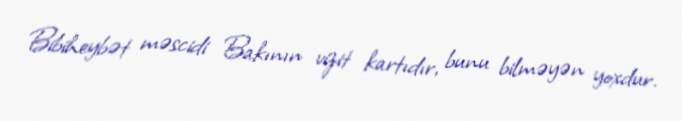
Bibiheybət məscidi Bakının vizit kartıdır, bunu bilməyən yoxdur.